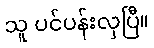
သူ ပင်ပန်းလှပြီ။